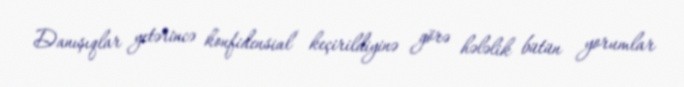
Danışıqlar yetərincə konfidensial keçirildiyinə görə hələlik bütün yorumlar